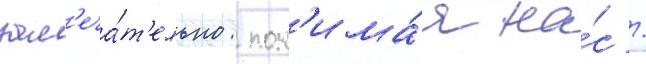
зам'еча́т'ельно: пон'има́я на́с /